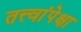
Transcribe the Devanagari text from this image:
तत्त्वांपेक्षा